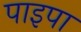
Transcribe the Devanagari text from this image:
पाइपा